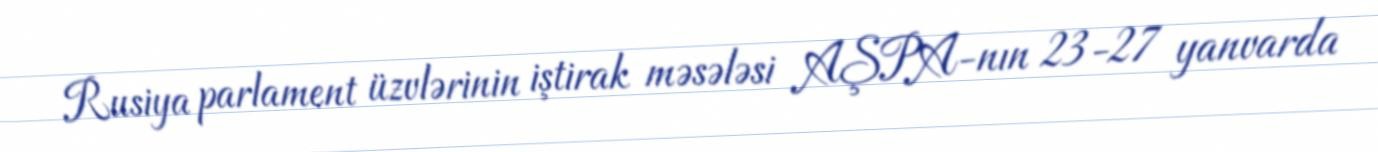
Rusiya parlament üzvlərinin iştirak məsələsi AŞPA-nın 23-27 yanvarda